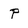
Character: P